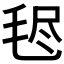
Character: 𣭥